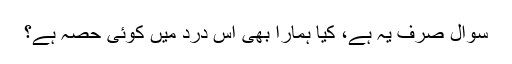
سوال صرف یہ ہے، کیا ہمارا بھی اس درد میں کوئی حصہ ہے؟